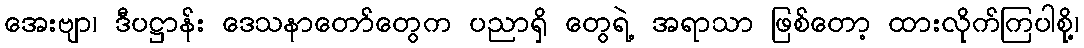
အေးဗျာ၊ ဒီပဋ္ဌာန်း ဒေသနာတော်တွေက ပညာရှိ တွေရဲ့ အရာသာ ဖြစ်တော့ ထားလိုက်ကြပါစို့၊